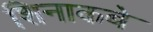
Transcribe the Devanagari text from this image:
शिनाकबे